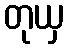
တုယှ